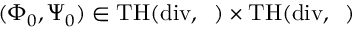
( \Phi _ { 0 } , \Psi _ { 0 } ) \in \mathrm { { T H } ( \mathrm { d i v } , \partial \Omega ) \times \mathrm { { T H } ( \mathrm { d i v } , \partial \Omega ) } }